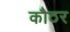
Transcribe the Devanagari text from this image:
कौठर